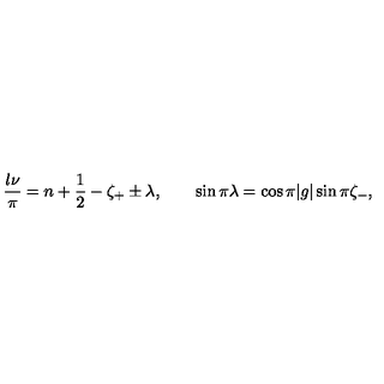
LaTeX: \frac { l \nu } { \pi } = n + \frac { 1 } { 2 } - \zeta _ { + } \pm \lambda , \qquad \sin \pi \lambda = \cos \pi | g | \sin \pi \zeta _ { - } ,